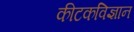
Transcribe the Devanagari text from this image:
कीटकविज्ञान